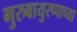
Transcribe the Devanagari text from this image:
गुरुवायुरप्पाच्या